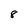
Character: 8